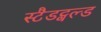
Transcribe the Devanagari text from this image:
स्टैडट्वल्ड